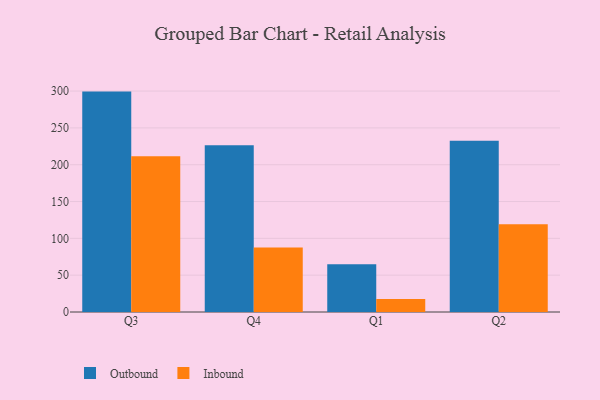
{"axis": {"x": "Quarter", "y": "Page Views"}, "legend": ["Inbound", "Outbound"], "data": [{"x": "Q3", "y": 299.3, "type": "Outbound"}, {"x": "Q3", "y": 211.4, "type": "Inbound"}, {"x": "Q4", "y": 226.5, "type": "Outbound"}, {"x": "Q4", "y": 87.7, "type": "Inbound"}, {"x": "Q1", "y": 64.9, "type": "Outbound"}, {"x": "Q1", "y": 17.5, "type": "Inbound"}, {"x": "Q2", "y": 232.5, "type": "Outbound"}, {"x": "Q2", "y": 119.1, "type": "Inbound"}]}